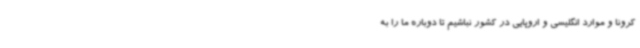
کرونا و موارد انگلیسی و اروپایی در کشور نباشیم تا دوباره ما را به